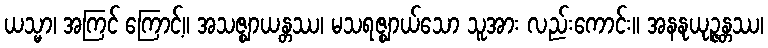
ယသ္မာ၊ အကြင် ကြောင့်။ အသဇ္ဈာယန္တဿ၊ မသရဇ္ဈာယ်သော သူအား လည်းကောင်း။ အနနုယုဉ္ဇန္တဿ၊